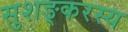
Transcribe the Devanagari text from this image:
सुशङ्करस्य